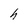
Character: h